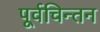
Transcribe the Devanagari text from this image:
पूर्वचिन्तन